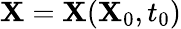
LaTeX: \mathbf{X}=\mathbf{X}(\mathbf{X}_{0},t_{0})